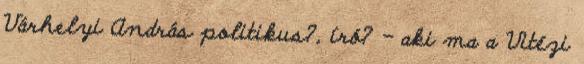
Várhelyi András politikus?, író? - aki ma a Vitézi